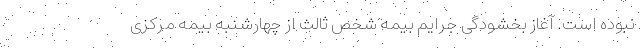
نبوده است. آغاز بخشودگی جرایم بیمه شخص ثالث از چهارشنبه بیمه مرکزی